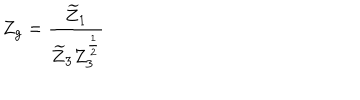
LaTeX: Z _ { g } = \frac { \widetilde { Z } _ { 1 } } { \widetilde { Z } _ { 3 } Z _ { 3 } ^ { \frac 1 2 } }